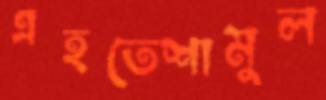
এহতেশামুল